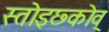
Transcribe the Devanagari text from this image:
स्तोइछ्कोव्